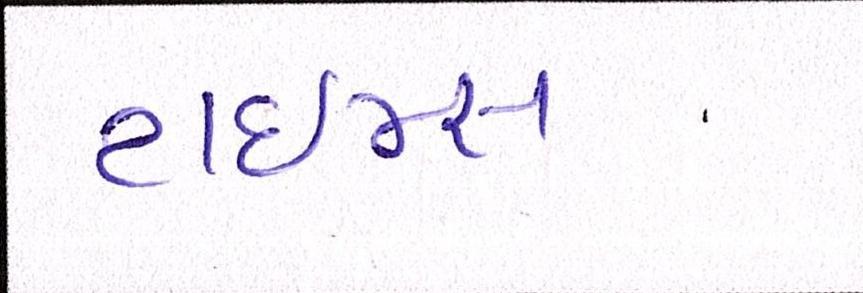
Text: ટાઈમ્સ